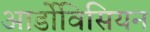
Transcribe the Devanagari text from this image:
आर्डोविसियन